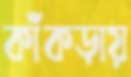
কাঁকড়ায়